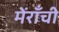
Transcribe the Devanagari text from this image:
मेंराँची